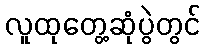
လူထုတွေ့ဆုံပွဲတွင်